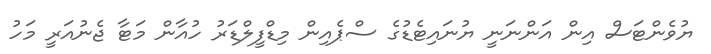
ޔުވެންޓަސް އިން އަންނަނީ ޔުނައިޓެޑުގެ ސްޕެއިން މިޑްފީލްޑަރު ހުއާން މަޓާ ޖެނުއަރީ މަހު